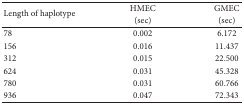
<table><thead><tr><td rowspan="2"><b> Length of haplotype </b></td><td><b> HMEC </b></td><td><b> GMEC</b></td></tr><tr><td><b> (sec) </b></td><td><b> (sec) </b></td></tr></thead><tbody><tr><td> 78 </td><td> 0.002 </td><td> 6.172</td></tr><tr><td>156 </td><td> 0.016 </td><td> 11.437 </td></tr><tr><td>312 </td><td> 0.015 </td><td> 22.500</td></tr><tr><td>624 </td><td> 0.031 </td><td> 45.328</td></tr><tr><td>780 </td><td> 0.031 </td><td> 60.766</td></tr><tr><td>936 </td><td> 0.047 </td><td> 72.343</td></tr></tbody></table>